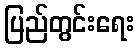
ပြည်တွင်းရေး